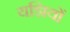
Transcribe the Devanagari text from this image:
यज्ञियों